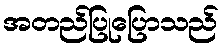
အတည်ပြုပြောသည်